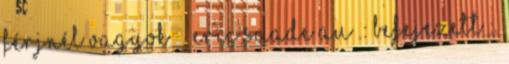
férjnél vagyok Eric Saade AU .: Befejezett :.